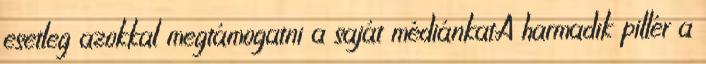
esetleg azokkal megtámogatni a saját médiánkat.A harmadik pillér a